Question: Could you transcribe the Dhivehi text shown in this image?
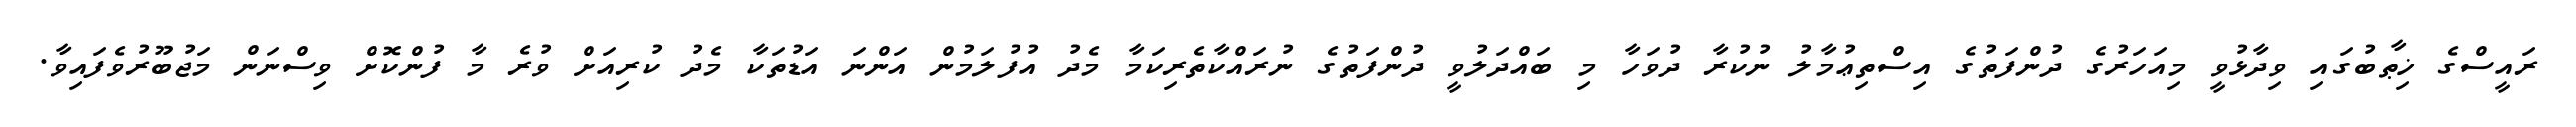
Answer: ރައީސްގެ ޚިޠާބުގައި ވިދާޅުވީ މިއަހަރުގެ ދުންފަތުގެ އިސްތިޢުމާލު ނުކުރާ ދުވަހާ މި ބައްދަލުވީ ދުންފަތުގެ ނުރައްކާތެރިކަމާ މެދު އުފުލަމުން އަންނަ އަޑުތަކާ މެދު ކުރިއަށް ވުރެ މާ ފުންކޮށް ވިސްނަން މަޖުބޫރުވެފައިވާ.